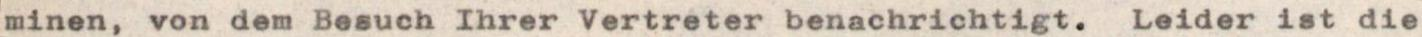
minen, von dem Besuch Ihrer Vertreter benachrichtigt. Leider ist die